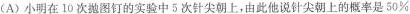
(A)小明在10次抛图钉的实验中5次针尖朝上，由此他说针尖朝上的概率是50%